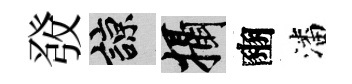
𤼲諒攝豳潘